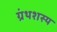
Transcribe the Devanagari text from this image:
ग्रंथशस्य